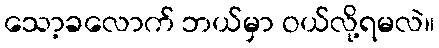
သော့ခလောက် ဘယ်မှာ ဝယ်လို့ရမလဲ။